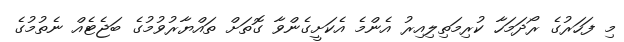
މި ފަހަރުގެ ރޯދަމަހާ ކުރިމަތިލިއިރު އެންމެ އެކަށީގެންވާ ގޮތަށް ތައްޔާރުވުމުގެ ބަޖެޓެއް ނެތުމުގެ